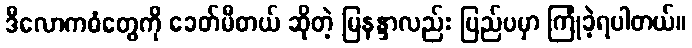
ဒီလောကဓံတွေကို ခေတ်မီတယ် ဆိုတဲ့ မြနန္ဒာလည်း ပြည်ပမှာ ကြုံခဲ့ရပါတယ်။